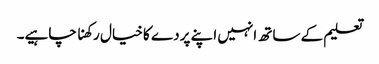
تعلیم کے ساتھ انہیں اپنے پردے کا خیال رکھنا چاہیے۔